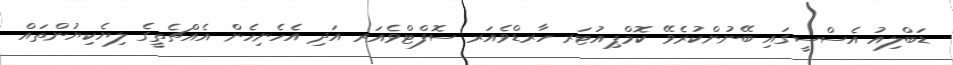
ޑަބްލިއު އެސްސީގައި ބޭނުންކުރެވޭ ކޮމްޕިއުޓަރ ހާރޑްވެއަރ ސޮފްޓްވެއަރ އަދި އެހެނިހެން އެއްޗެތީގެ ލިޔެކިޔުންތައް